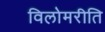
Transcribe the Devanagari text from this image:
विलोमरीति